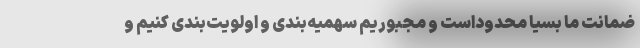
ضمانت ما بسیا محدوداست و مجبوریم سهمیه‌بندی و اولویت‌بندی کنیم و